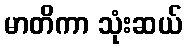
မာတိကာ သုံးဆယ်